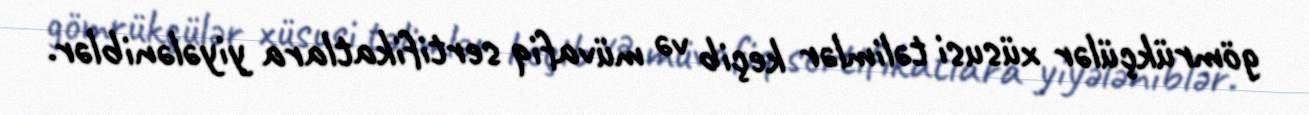
gömrükçülər xüsusi təlimlər keçib və müvafiq sertifikatlara yiyələniblər.